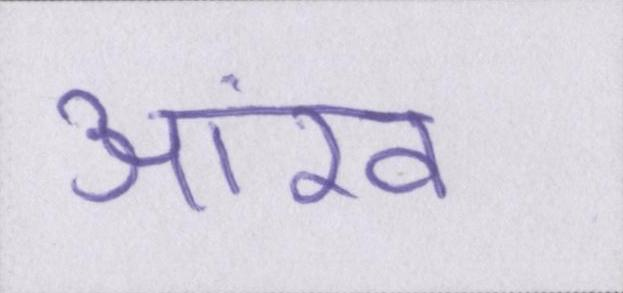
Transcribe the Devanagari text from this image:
आंख